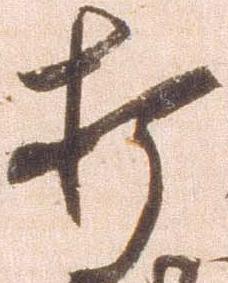
打